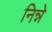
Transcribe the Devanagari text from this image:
निन्ने